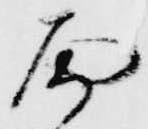
面